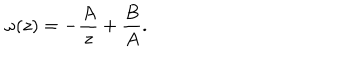
\omega ( z ) = - \frac { A } { z } + \frac { B } { A } .